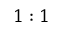
1 : 1